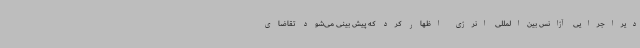
دیراجرایی آژانس بین‌المللی انرژی اظهار کرد که پیش بینی می‌شود تقاضای